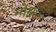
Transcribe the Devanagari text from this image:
मोक्षदात्रे